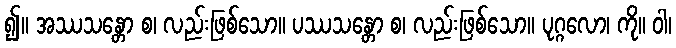
၍။ အဿသန္တော စ၊ လည်းဖြစ်သော။ ပဿသန္တော စ၊ လည်းဖြစ်သော။ ပုဂ္ဂလော၊ ကို။ ဝါ၊